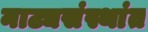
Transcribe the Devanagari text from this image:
नाट्यसंस्थांत